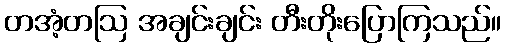
တအံ့တဩ အချင်းချင်း တီးတိုးပြောကြသည်။